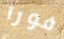
فورا